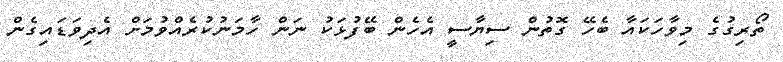
ތޯރިގުގެ މިވާހަކައާ ބެހޭ ގޮތުން ސިޔާސީ އެހެން ބޭފުޅަކު ނަން ހާމަނުކުރެއްވުމަށް އެދިވަޑައިގެން